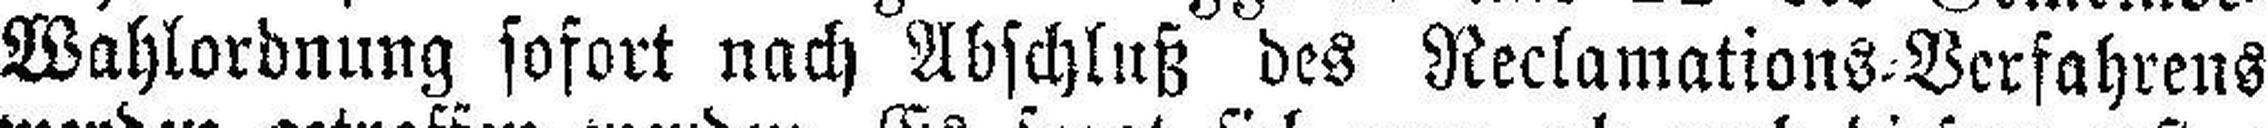
Wahlordnung sofort nach Abschluß des Reclamations=Verfahrens